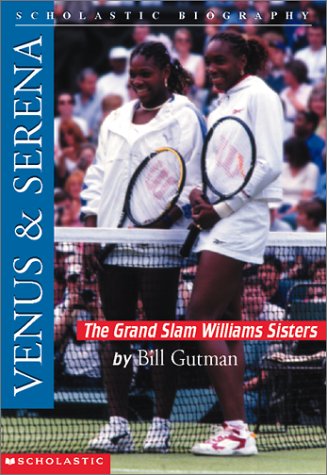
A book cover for Venus & Serena: The Grand Slam Williams Sisters (Scholastic Biography); Bill Gutman; Children's Books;